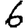
Digit: 6